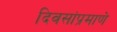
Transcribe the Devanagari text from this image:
दिवसांप्रमाणे